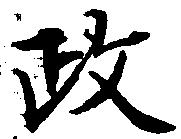
政